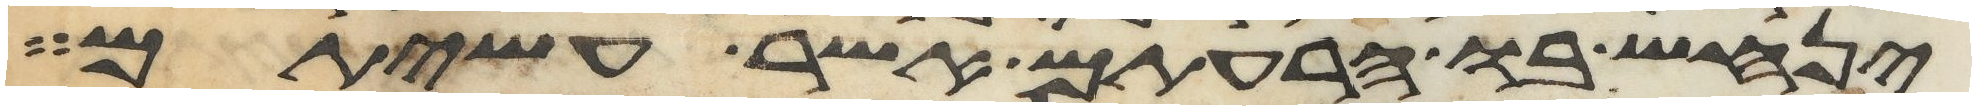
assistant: ינחש בו הרעתם אשר עשיתם